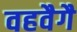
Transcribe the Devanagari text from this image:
वहवैगै